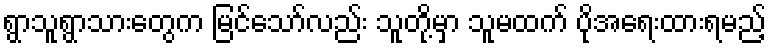
ရွာသူရွာသားတွေက မြင်သော်လည်း သူတို့မှာ သူမထက် ပိုအရေးထားရမည့်